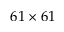
6 1 \times 6 1